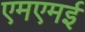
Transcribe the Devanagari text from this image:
एमएमई